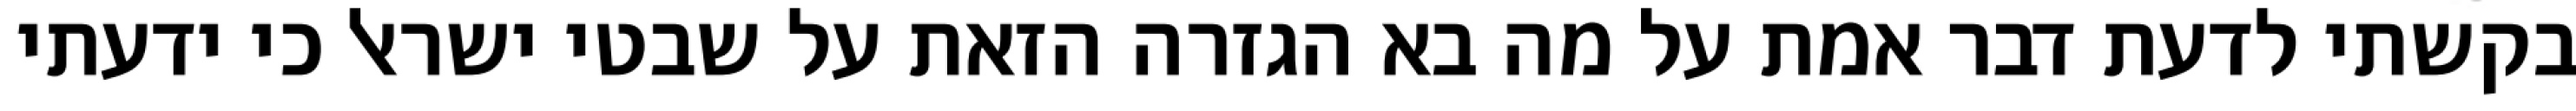
בקשתי לדעת דבר אמת על מה בא הגזרה הזאת על שבטי ישראל כי ידעתי